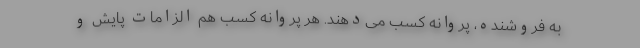
به فروشنده،‌ پروانه کسب می‌دهند. هر پروانه کسب هم الزامات پایش و